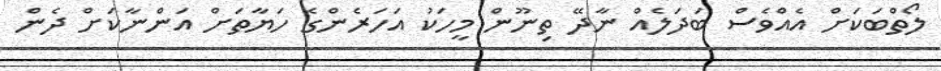
ލޯތްބަކަށް އެއްވެސް ބަދަލެއް ނާދޭ ތިނޫން މީހަކު އަހަރެންގެ ހަޔާތަށް އަންނާކަށް ދެން